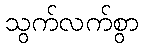
သွက်လက်စွာ